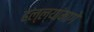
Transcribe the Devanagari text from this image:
हल्ल्यांमागे